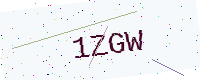
Text: 1ZGW